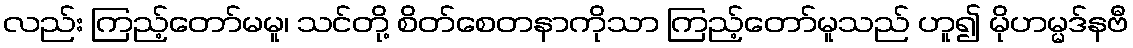
လည်း ကြည့်တော်မမူ၊ သင်တို့ စိတ်စေတနာကိုသာ ကြည့်တော်မူသည် ဟူ၍ မိုဟမ္မဒ်နဗီ